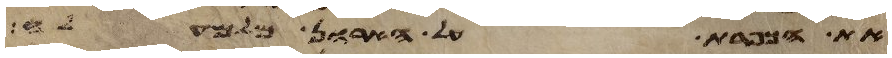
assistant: את הכפרת על הארון מלמעלה